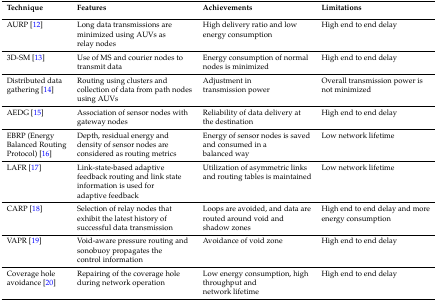
<table><thead><tr><td><b>Technique</b></td><td><b>Features</b></td><td><b>Achievements</b></td><td><b>Limitations</b></td></tr></thead><tbody><tr><td>AURP [12]</td><td>Long data transmissions are minimized using AUVs as relay nodes</td><td>High delivery ratio and low energy consumption</td><td>High end to end delay</td></tr><tr><td>3D-SM [13]</td><td>Use of MS and courier nodes to transmit data</td><td>Energy consumption of normal nodes is minimized</td><td>High end to end delay</td></tr><tr><td>Distributed data gathering [14]</td><td>Routing using clusters and collection of data from path nodes using AUVs</td><td>Adjustment in transmission power</td><td>Overall transmission power is not minimized</td></tr><tr><td>AEDG [15]</td><td>Association of sensor nodes with gateway nodes</td><td>Reliability of data delivery at the destination</td><td>High end to end delay</td></tr><tr><td>EBRP (Energy Balanced Routing Protocol) [16]</td><td>Depth, residual energy and density of sensor nodes are considered as routing metrics</td><td>Energy of sensor nodes is saved and consumed in a balanced way</td><td>Low network lifetime</td></tr><tr><td>LAFR [17]</td><td>Link-state-based adaptive feedback routing and link state information is used for adaptive feedback</td><td>Utilization of asymmetric links and routing tables is maintained</td><td>Low network lifetime</td></tr><tr><td>CARP [18]</td><td>Selection of relay nodes that exhibit the latest history of successful data transmission</td><td>Loops are avoided, and data are routed around void and shadow zones</td><td>High end to end delay and more energy consumption</td></tr><tr><td>VAPR [19]</td><td>Void-aware pressure routing and sonobuoy propagates the control information</td><td>Avoidance of void zone</td><td>High end to end delay</td></tr><tr><td>Coverage hole avoidance [20]</td><td>Repairing of the coverage hole during network operation</td><td>Low energy consumption, high throughput and network lifetime</td><td>High end to end delay</td></tr></tbody></table>